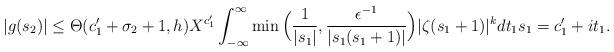
LaTeX: \begin{align*} |g(s_2)| \le \Theta(c_1'+\sigma_2+1,h) X^{c_1'} \int_{-\infty}^{\infty} \min\Big( \frac{1}{|s_1|}, \frac{\epsilon^{-1}}{|s_1(s_1+1)|} \Big) |\zeta(s_1+1)|^{k} dt_1 s_1=c_1'+it_1. \end{align*}